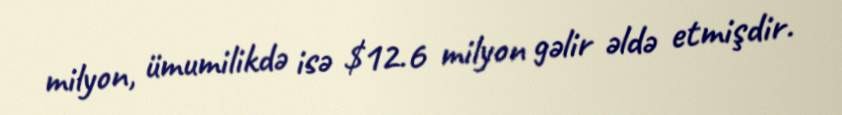
milyon, ümumilikdə isə $12.6 milyon gəlir əldə etmişdir.